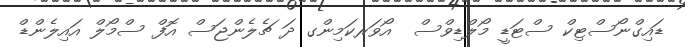
ޑައިގްނޯސްޓިކް ސްޓަޑީ މޯލްޑިވްސް  އޯވަރކަމިންގ ދަ ޗެލެންޖަސް އޮފް ސްމޯލް އައިލެންޑް